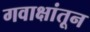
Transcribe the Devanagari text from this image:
गवाक्षांतून